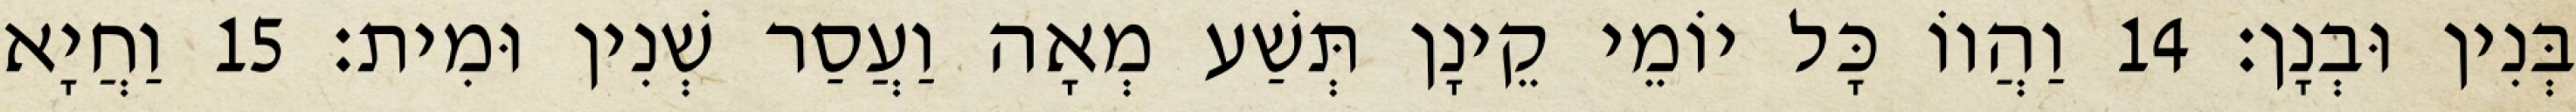
בְּנִין וּבְנָן׃ 14 וַהֲווֹ כָּל יוֹמֵי קֵינָן תְּשַׁע מְאָה וַעֲסַר שְׁנִין וּמִית׃ 15 וַחֲיָא